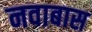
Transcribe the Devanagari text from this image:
नवाबास